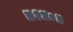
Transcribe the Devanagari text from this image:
॥१४०॥